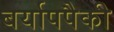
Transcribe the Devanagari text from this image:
बर्यापपैकी